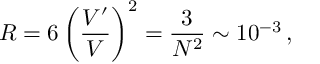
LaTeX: R = 6 \left( \frac { V ^ { \prime } } { V } \right) ^ { 2 } = \frac { 3 } { N ^ { 2 } } \sim 1 0 ^ { - 3 } \, ,